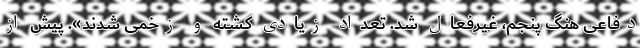
دفاعی هنگ پنجم، غیرفعال شد. تعداد زیادی کشته و زخمی شدند». پیش از